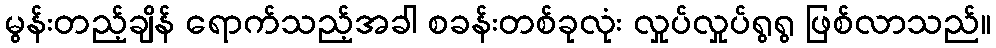
မွန်းတည့်ချိန် ရောက်သည့်အခါ စခန်းတစ်ခုလုံး လှုပ်လှုပ်ရွရွ ဖြစ်လာသည်။